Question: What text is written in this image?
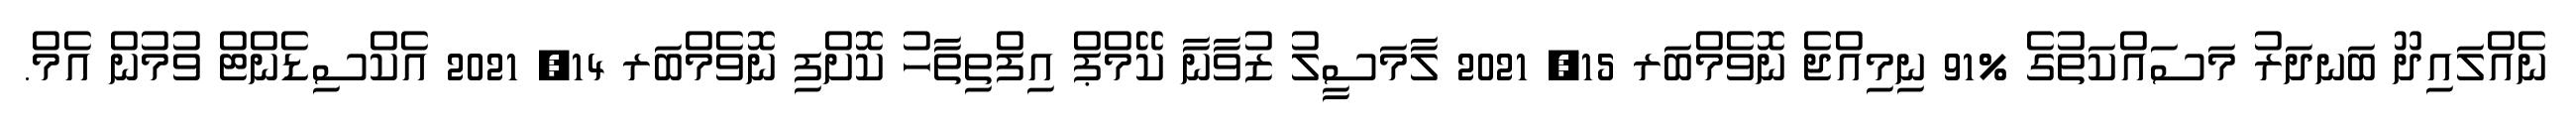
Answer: ނެއްލައިދޫ ބަނދަރު މަސައްކަތުގެ %91 ނިމިއްޖެ ނޮވެމްބަރ 15, 2021 ލާމަސީލު ޒުވާނާ ކޭމްޕް އިފްތިތާހު ކޮށްފި ނޮވެމްބަރ 14, 2021 އެކްސިޑެންޓް ވުމުން އެމް.